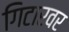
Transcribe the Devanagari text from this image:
गिटारवर